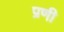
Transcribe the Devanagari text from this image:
प्रणी